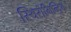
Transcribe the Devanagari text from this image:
स्थिरोमिन्द्रिय